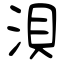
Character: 浿